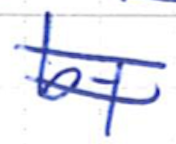
Text: by
Cross-out: double-line
Writing tool: ballpoint